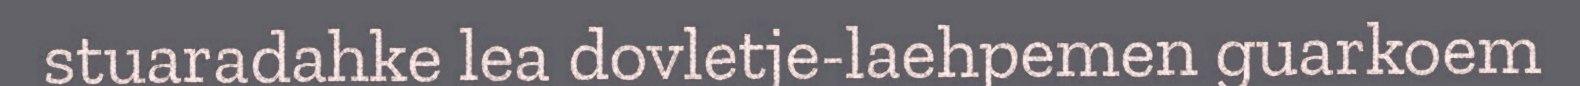
stuaradahke lea dovletje-laehpemen guarkoem